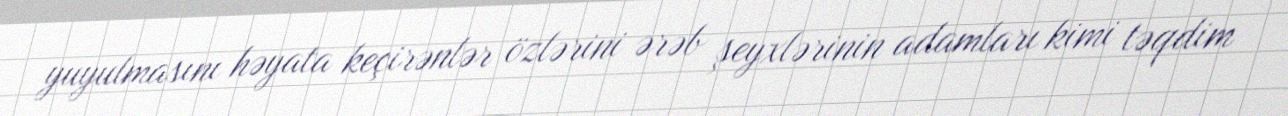
yuyulmasını həyata keçirənlər özlərini ərəb şeyxlərinin adamları kimi təqdim